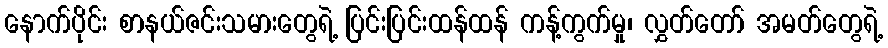
နောက်ပိုင်း စာနယ်ဇင်းသမားတွေရဲ့ ပြင်းပြင်းထန်ထန် ကန့်ကွက်မှု၊ လွှတ်တော် အမတ်တွေရဲ့